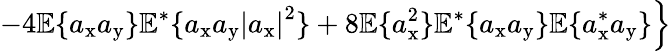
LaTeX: \left.-4\mathbb{E}\{ a_{\mathrm{x}}a_{\mathrm{y}}\} \mathbb{E}^{*}\{ a_{\mathrm{x}}a_{\mathrm{y}}\left|a_{\mathrm{x}}\right|^{2}\} +8\mathbb{E}\{ a_{\mathrm{x}}^{2}\} \mathbb{E}^{*}\{ a_{\mathrm{x}}a_{\mathrm{y}}\} \mathbb{E}\{ a_{\mathrm{x}}^{*}a_{\mathrm{y}}\} \right\}